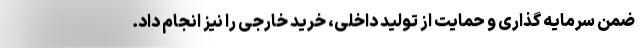
ضمن سرمایه گذاری و حمایت از تولید داخلی، خرید خارجی را نیز انجام داد.